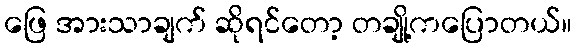
ဖြေ အားသာချက် ဆိုရင်တော့ တချို့ကပြောတယ်။